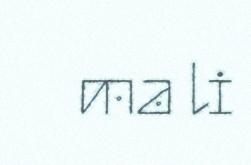
ma li